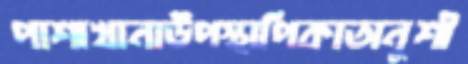
পাশাখানাউপস্থাপিকাঅনুশী